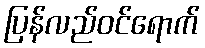
ပြန်လည်ဝင်ရောက်